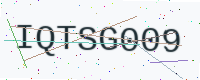
Text: IQTSG009